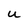
Character: W